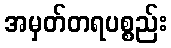
အမှတ်တရပစ္စည်း